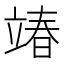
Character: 𮄵